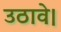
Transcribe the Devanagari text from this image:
उठावे।